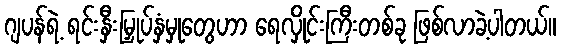
ဂျပန်ရဲ့ ရင်းနှီးမြှုပ်နှံမှုတွေဟာ ရေလှိုင်းကြီးတစ်ခု ဖြစ်လာခဲ့ပါတယ်။